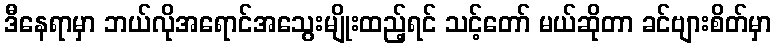
ဒီနေရာမှာ ဘယ်လိုအရောင်အသွေးမျိုးထည့်ရင် သင့်တော် မယ်ဆိုတာ ခင်ဗျားစိတ်မှာ